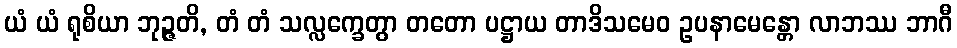
ယံ ယံ ရုစိယာ ဘုဉ္ဇတိ, တံ တံ သလ္လက္ခေတွာ တတော ပဋ္ဌာယ တာဒိသမေဝ ဥပနာမေန္တော လာဘဿ ဘာဂီ